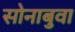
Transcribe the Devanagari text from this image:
सोनाबुवा